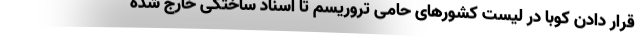
قرار دادن کوبا در لیست کشورهای حامی تروریسم تا اسناد ساختگی خارج شده